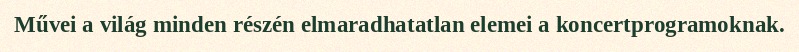
Művei a világ minden részén elmaradhatatlan elemei a koncertprogramoknak.